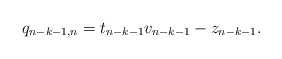
\begin{align*} q_{n-k-1,n}= t_{n-k-1}v_{n-k-1} - z_{n-k-1}.\end{align*}